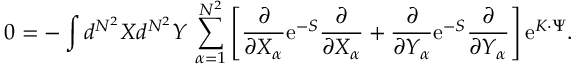
0 = - \int d ^ { N ^ { 2 } } X d ^ { N ^ { 2 } } Y \, \sum _ { \alpha = 1 } ^ { N ^ { 2 } } \left[ \frac { \partial } { \partial X _ { \alpha } } \mathrm { e } ^ { - S } \frac { \partial } { \partial X _ { \alpha } } + \frac { \partial } { \partial Y _ { \alpha } } \mathrm { e } ^ { - S } \frac { \partial } { \partial Y _ { \alpha } } \right] \mathrm { e } ^ { K \cdot \Psi } .